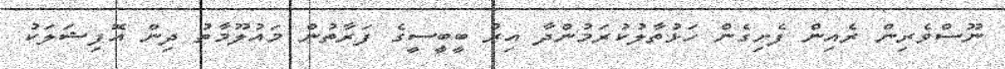
ނޫސްވެރިން ރެއިން ފެށިގެން ހަޅުތާލުކުރަމުންދާ އިރު ބީބީސީގެ ފަރާތުން މައުލޫމާތު ދިން އޮފިޝަލަކު